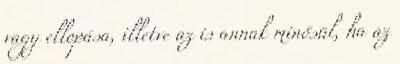
vagy ellopása, illetve az is annak minősül, ha az